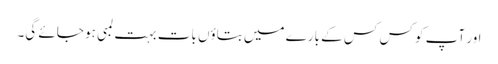
اور آپ کو کس کس کے بارے میں بتاؤں بات بہت لمبی ہو جائے گی۔